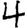
Digit: 4